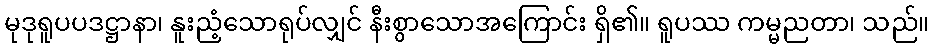
မုဒုရူပပဒဋ္ဌာနာ၊ နူးညံ့သောရုပ်လျှင် နီးစွာသောအကြောင်း ရှိ၏။ ရူပဿ ကမ္မညတာ၊ သည်။